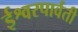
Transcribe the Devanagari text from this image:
ईश्वरपार्वती